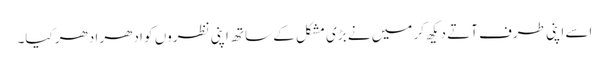
اسے اپنی طرف آتے دیکھ کر میں نے بڑی مشکل کے ساتھ اپنی نظروں کو ادھر ادھر کیا۔